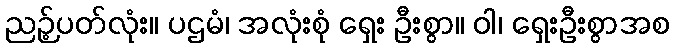
ညဉ့်ပတ်လုံး။ ပဌမံ၊ အလုံးစုံ ရှေး ဦးစွာ။ ဝါ၊ ရှေးဦးစွာအစ